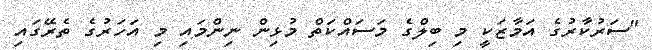
"ސަރުކާރުގެ އަމާޒަކީ މި ބިލްގެ މަސައްކަތް މުޅިން ނިންމައި މި އަހަރުގެ ތެރޭގައި